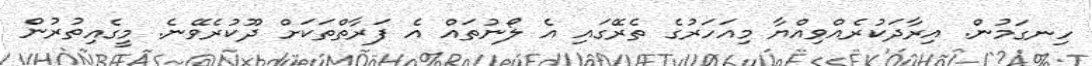
ހިނގަމުން. އިރާދަކުރެއްވިއްޔާ މިއަހަރުގެ ތެރޭގައި އެ ލޯނުތައް އެ ފަރާތްތަކަށް ދޫކުރެވޭނެ. މީގެއިތުރުން